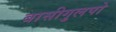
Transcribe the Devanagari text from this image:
बासीगुलपो